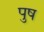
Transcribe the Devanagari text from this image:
पुष